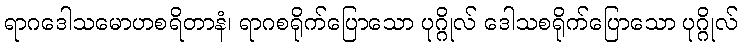
ရာဂဒေါသမောဟစရိတာနံ၊ ရာဂစရိုက်ပြောသော ပုဂ္ဂိုလ် ဒေါသစရိုက်ပြောသော ပုဂ္ဂိုလ်